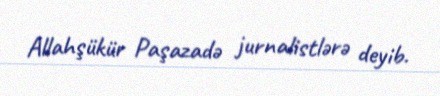
Allahşükür Paşazadə jurnalistlərə deyib.